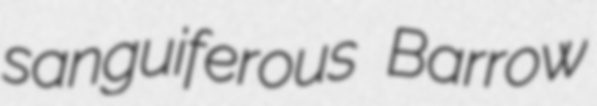
sanguiferous Barrow